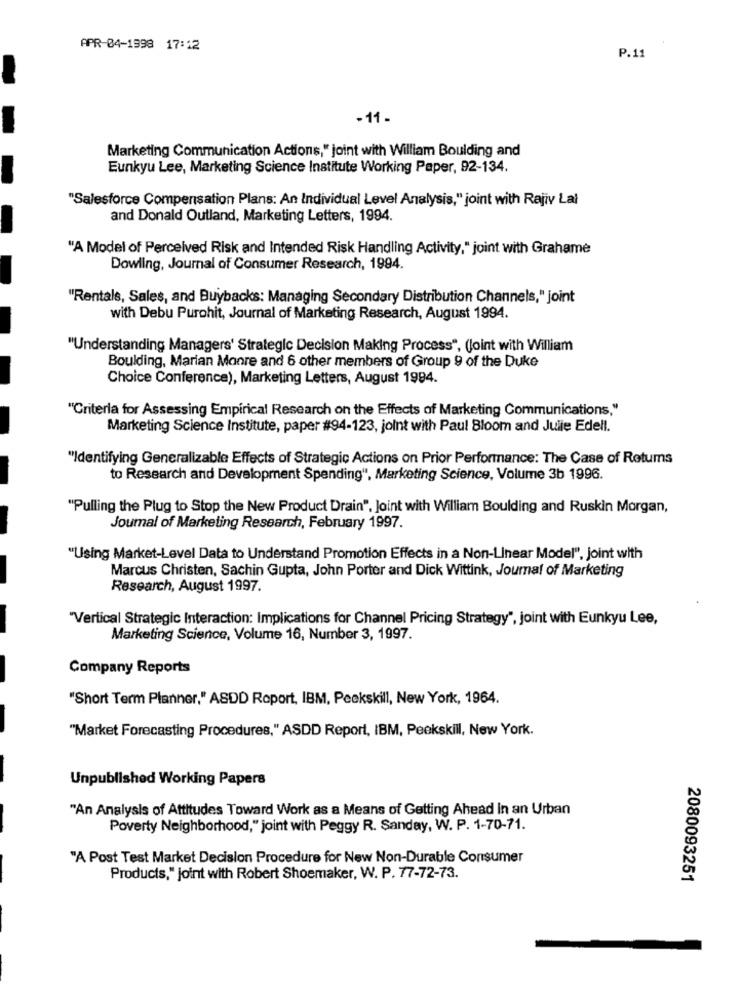
APR-04-1998 17:12
P.11
-11 .
Marketing Communication Actions," joint with William Boulding and
Eunkyu Lee, Marketing Science Institute Working Paper, 92-134.
"Salesforce Compensation Plans: An Individual Level Analysis," joint with Rajiv Lai
and Donald Outland, Marketing Letters, 1994.
"A Model of Perceived Risk and Intended Risk Handling Activity," joint with Grahame
Dowling, Journal of Consumer Research, 1994.
"Rentals, Sales, and Buybacks: Managing Secondary Distribution Channels," joint
with Debu Purohit, Journal of Marketing Research, August 1994.
"Understanding Managers' Strategic Decision Making Process", (Joint with William
Boulding, Marian Moore and 6 other members of Group 9 of the Duke
Choice Conference), Marketing Letters, August 1994.
"Criteria for Assessing Empirical Research on the Effects of Marketing Communications,"
Marketing Science Institute, paper #94-123, joint with Paul Bloom and Julie Edell.
"Identifying Generalizable Effects of Strategic Actions on Prior Performance: The Case of Rotums
to Research and Development Spending", Marketing Science, Volume 3b 1996.
"Pulling the Plug to Stop the New Product Drain", Joint with William Boulding and Ruskin Morgan,
Joumal of Marketing Research, February 1997.
"Using Market-Level Data to Understand Promotion Effects in a Non-Linear Model", Joint with
Marcus Christen, Sachin Gupta, John Porter and Dick Wittink, Journal of Marketing
Research, August 1997.
"Vertical Strategic Interaction: Implications for Channel Pricing Strategy", joint with Eunkyu Lee,
Marketing Science, Volume 16, Number 3, 1997.
Company Reports
"Short Term Planner," ASDD Roport, IBM, Peekskill, New York, 1964.
"Market Forecasting Procedures," ASDD Report, IBM, Peekskill, New York.
Unpublished Working Papers
"An Analysis of Attitudes Toward Work as a Means of Getting Ahead In an Urban
Poverty Neighborhood," joint with Peggy R. Sanday, W. P. 1-70-71.
"A Post Test Market Decision Procedure for New Non-Durable Consumer
Products," joint with Robert Shoemaker, W. P. 77-72-73.
2080093251